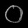
Digit: ၀